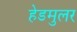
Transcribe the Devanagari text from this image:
हेडमुलर